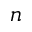
n